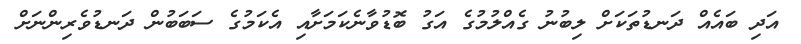
އަދި ބައެއް ދަނޑުތަކަށް ލިބުނު ގެއްލުމުގެ އަގު ބޮޑުވާނެކަމަށާއި އެކަމުގެ ސަބަބުން ދަނޑުވެރިންނަށް